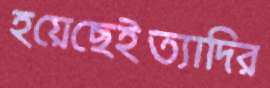
হয়েছেইত্যাদির